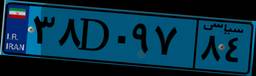
۷۹D۳۷۵۹۹